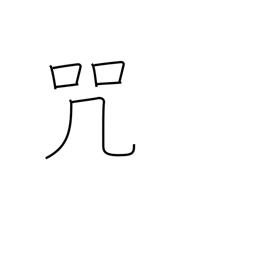
Meaning: malediction